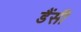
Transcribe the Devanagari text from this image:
डैंसी